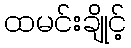
ထမင်းချိုင့်